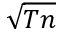
\sqrt { T n }